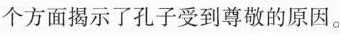
个方面揭示了孔子受到尊敬的原因。